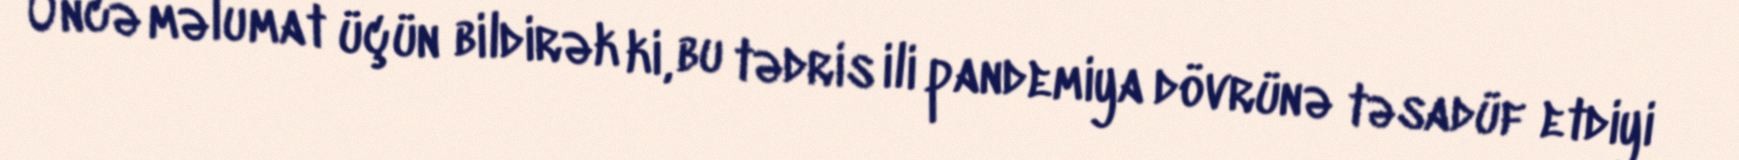
Öncə məlumat üçün bildirək ki, bu tədris ili pandemiya dövrünə təsadüf etdiyi